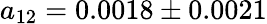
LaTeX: a_{12}=0.0018\pm 0.0021